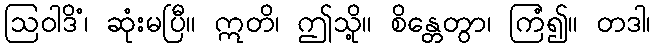
ဩဝါဒိံ၊ ဆုံးမပြီ။ ဣတိ၊ ဤသို့။ စိန္တေတွာ၊ ကြံ၍။ တဒါ၊